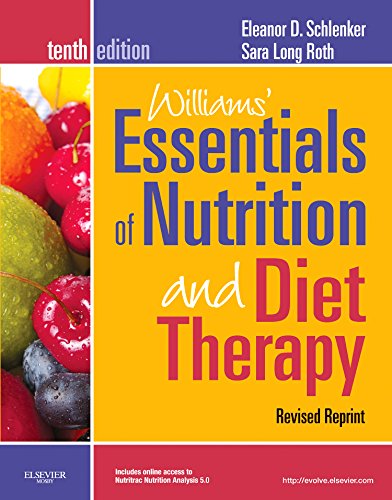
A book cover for Williams' Essentials of Nutrition and Diet Therapy, Revised Reprint, 10th Edition (Essentials of Nutrition & Diet Therapy (Williams)); Eleanor Schlenker PhD  RD; Medical Books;